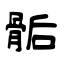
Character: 骺